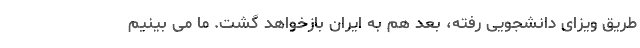
طریق ویزای دانشجویی رفته، بعد هم به ایران بازخواهد گشت. ما می بینیم